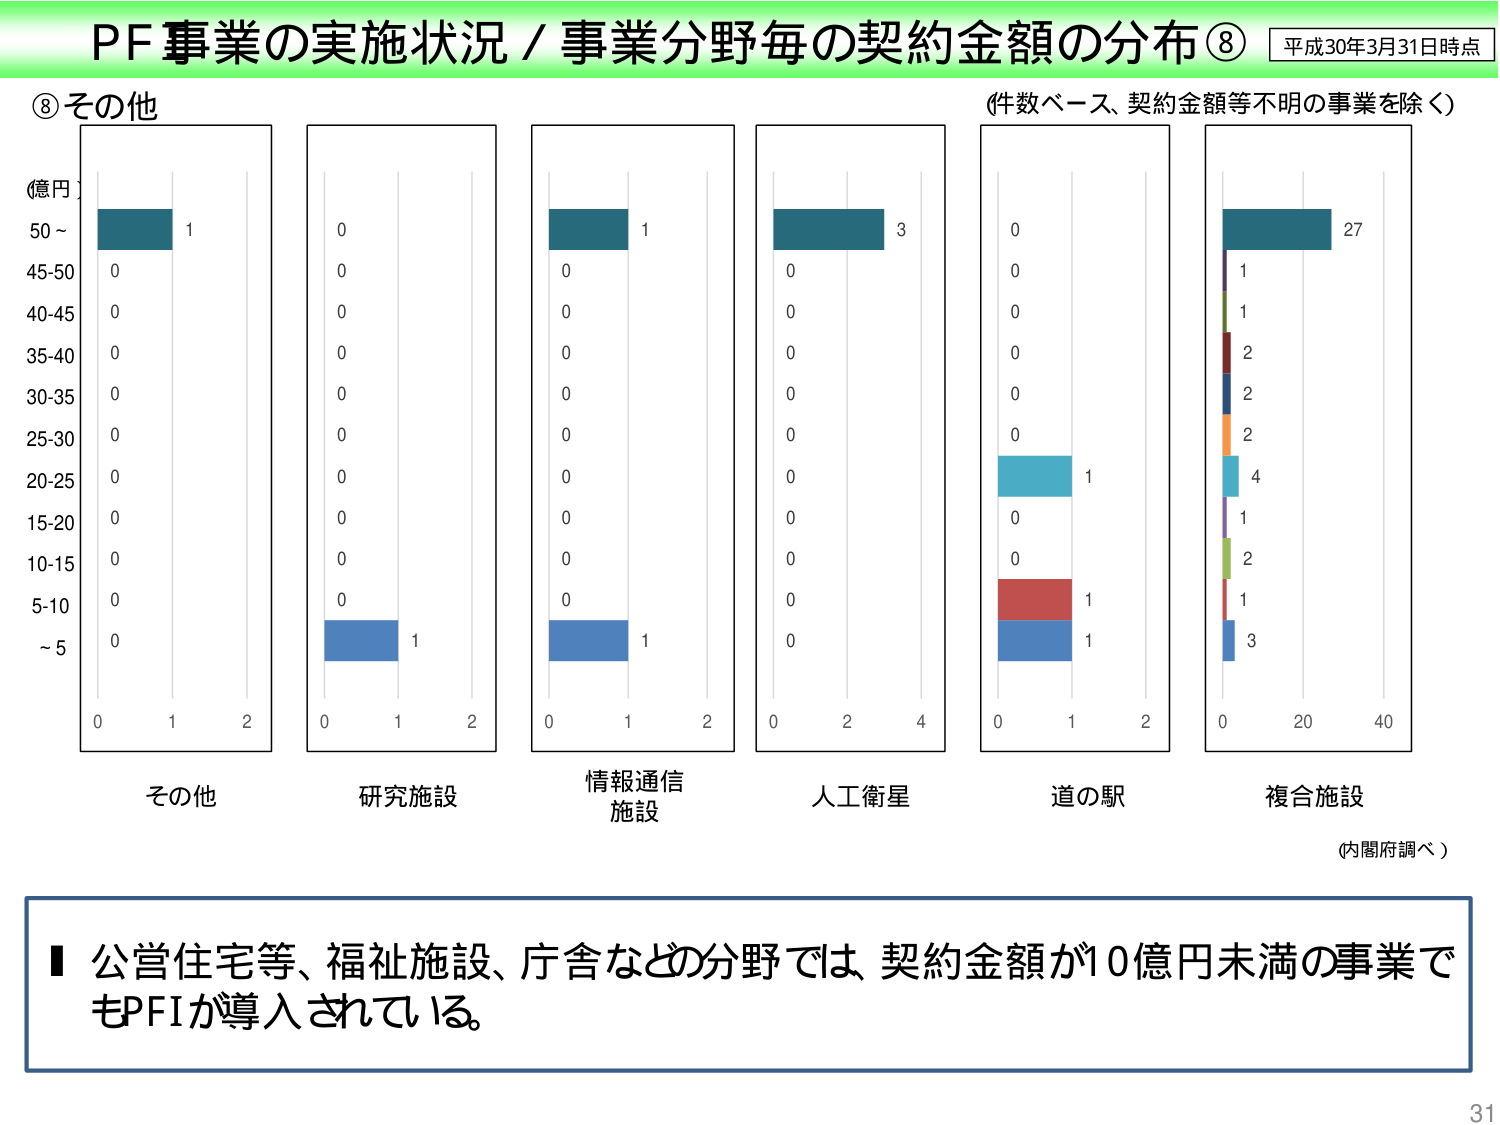
PF事業の実施状況／事業分野毎の契約金額の分布⑧ 平成30年3月31日時点
⑧その他 （件数ベース、契約金額等不明の事業を除く）
(億円)
50～ 1
45-50 0
40-45 0
35-40 0
30-35 0
25-30 0
20-25 0
15-20 0
10-15 0
5-10 0
～5 0
0 1 2
その他
0 1 2
研究施設
0 1 2
情報通信施設
0 2 4
人工衛星
0 1 2
道の駅
0 20 40
複合施設
(内閣府調べ)
■ 公営住宅等、福祉施設、庁舎などの分野では、契約金額が10億円未満の事業でもPFIが導入されている。
31